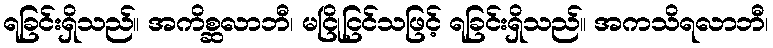
ရခြင်းရှိသည်။ အကိစ္ဆလာဘီ၊ မငြိုငြင်သဖြင့် ရခြင်းရှိသည်။ အကသိရလာဘီ၊